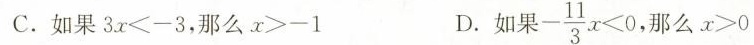
C.如果$$3 x < - 3$$，那么$$x>-1$$ D.如果$$- \frac { 1 1 } { 3 } x < 0$$，那么$$x > 0$$